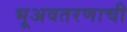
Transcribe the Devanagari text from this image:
भूअवतरणाची